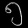
Digit: ၅